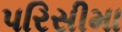
પરિસીમા